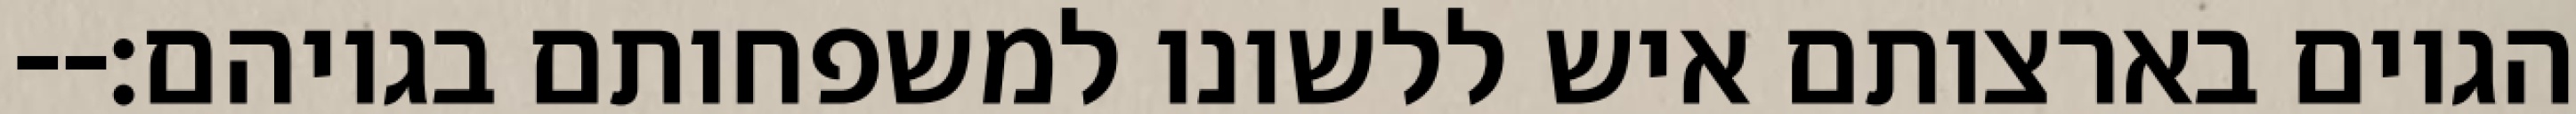
הגוים בארצותם איש ללשונו למשפחותם בגויהם׃--